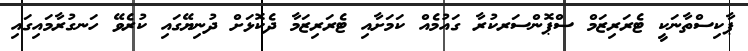
ޕާކިސްތާނަކީ ޓެރަރިޒަމް ސްޕޮންސަރކުރާ ގައުމެއް ކަމަށާއި ޓެރަރިޒަމާ ދެކޮޅަށް ދުނިޔޭގައި ކުރެވޭ ހަނގުރާމައިގައި